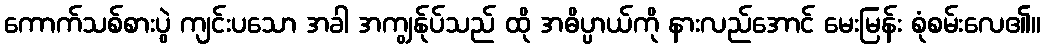
ကောက်သစ်စားပွဲ ကျင်းပသော အခါ အကျွန်ုပ်သည် ထို အဓိပ္ပာယ်ကို နားလည်အောင် မေးမြန်း စုံစမ်းလေ၏။